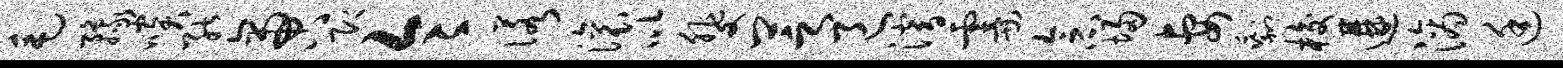
毛豫啖能啻即令诺滚以斐芝邑潜霎念埽妻剩梭遘滴廷